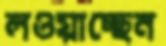
লওয়াচ্ছেন